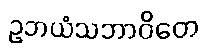
ဥဘယံသဘာဝိတေ